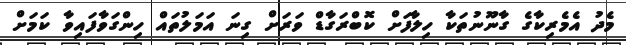
މެދު އެމެރިކާގެ ގާނޫނުތަކާ ހިލާފަށް ކޮބްރަގާޑް ވަރަށް ގިނަ އަމަލުތައް ހިންގަވާފައިވާ ކަމަށް